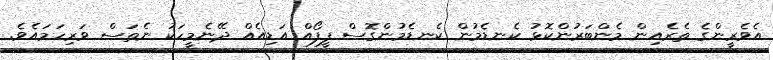
އެވެރީންގެ ތެރެއިން މެންބަރުންކޮޅު ކެނޑެމުން ކެނޑެމުންގޮސް ފީފޯއް އަޑިއެއް ދޭނެމީހަކު ނެތަސް ވަރިހަމައެވެ.